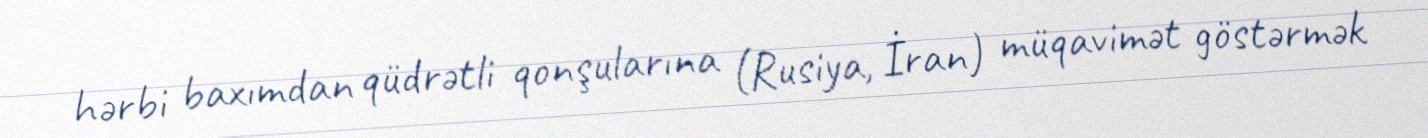
hərbi baxımdan qüdrətli qonşularına (Rusiya, İran) müqavimət göstərmək